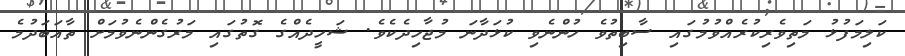
ކަލިމަފުޅު މަތިވެރިކުރެއްވުމުގައި ސާބިތުވެ ހުންނެވި ކުޅަދާނަ މުޖާހިދެކެވެ. ޝަހީދެއްގެ ގޮތުގައި މަރުގެންނެވުމަށް ތާއަބަދުމެ